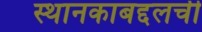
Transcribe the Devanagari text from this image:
स्थानकाबद्दलची